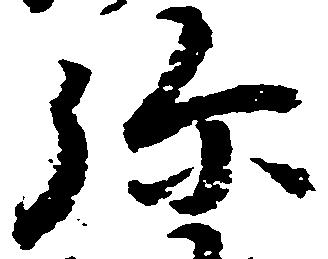
弥